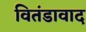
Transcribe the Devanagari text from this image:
वितंडावाद